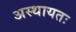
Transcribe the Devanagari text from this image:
अस्थायतः